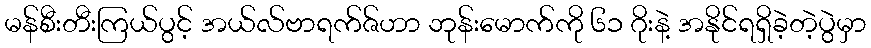
မန်စီးတီးကြယ်ပွင့် အယ်လ်ဗာရက်ဇ်ဟာ ဘုန်းမောက်ကို ၆၁ ဂိုးနဲ့ အနိုင်ရရှိခဲ့တဲ့ပွဲမှာ